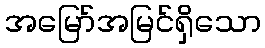
အမြော်အမြင်ရှိသော